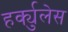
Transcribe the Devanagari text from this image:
हर्क्युलेस